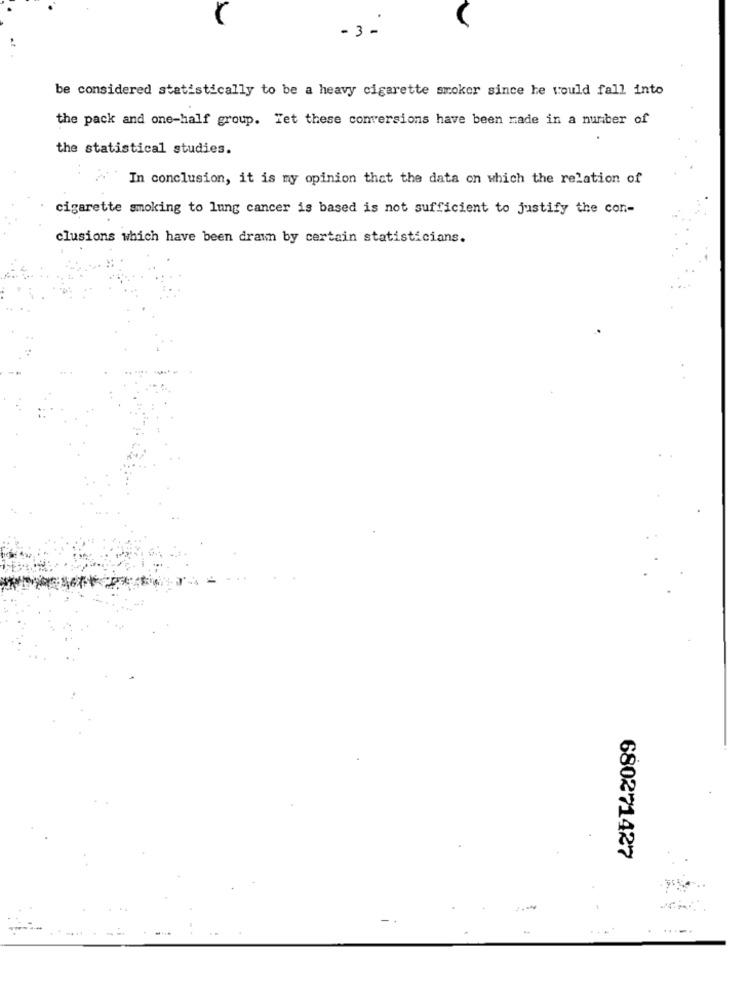
-3 -
be considered statistically to be a heavy cigarette smoker since he would fall into
the pack and one-half group. Tet these conversions have been made in a number of
the statistical studies.
In conclusion, it is my opinion that the data on which the relation of
cigarette smoking to lung cancer is based is not sufficient to justify the con-
clusions which have been drawn by certain statisticians.
680271427